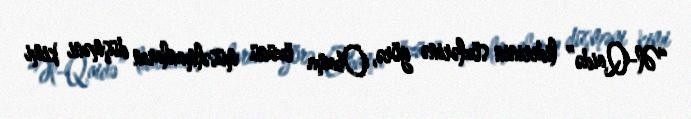
“Əl-Qaidə” liderinin sözlərinə görə, Obama özünü müsəlmanların düşməni kimi